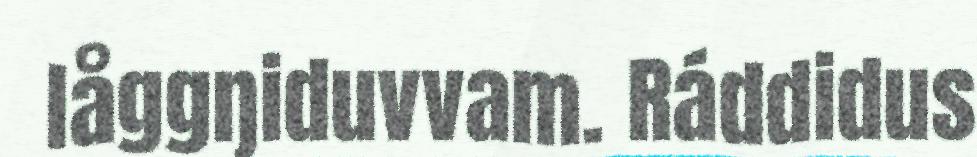
låggŋiduvvam. Ráddidus